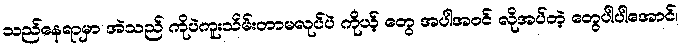
သည်နေရာမှာ အဲသည် ကိုပဲကူးသိမ်းတာမလုပ်ပဲ ကိုယ့် တွေ အပါအဝင် လိုအပ်တဲ့ တွေပါပါအောင်၊